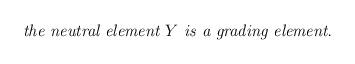
LaTeX: \begin{align*}\hbox{\emph{the neutral element $Y$ is a grading element.}}\end{align*}